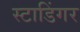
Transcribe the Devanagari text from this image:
स्टाडिंगर